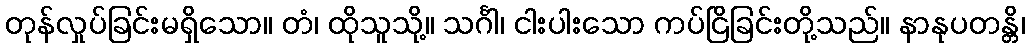
တုန်လှုပ်ခြင်းမရှိသော။ တံ၊ ထိုသူသို့။ သင်္ဂါ၊ ငါးပါးသော ကပ်ငြိခြင်းတို့သည်။ နာနုပတန္တိ၊